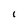
Character: i